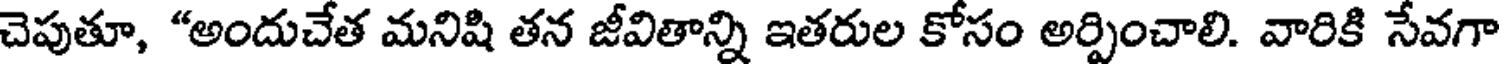
చెపుతూ, "అందుచేత మనిషి తన జీవితాన్ని ఇతరుల కోసం అర్పించాలి. వారికి సేవగా